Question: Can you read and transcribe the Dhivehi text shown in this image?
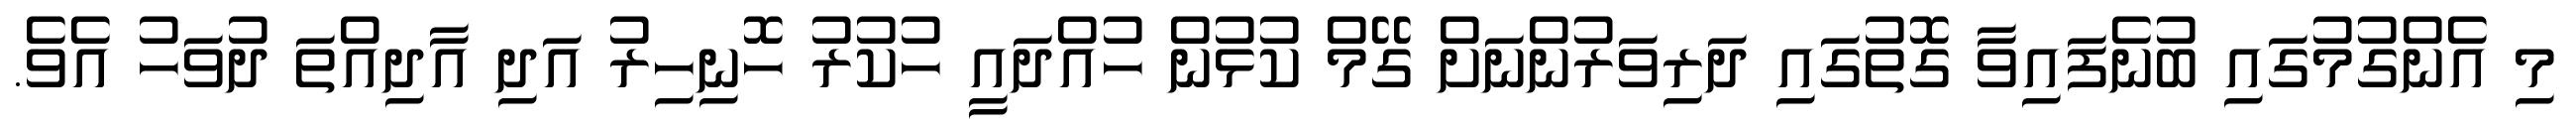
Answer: މި އެންގުމުގައި ބުނެފައިވާ ގޮތުގައި ދަރިވަރުންނަށް ގޭމް ކުޅުން ހުއްދައީ ހުކުރު ހޮނިހިރު އަދި އާދިއްތަ ދުވަހު އެވެ.